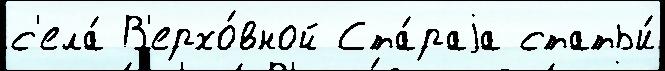
с'ела́ В'ерхо́вной Ста́раjа статьи́